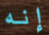
إنه